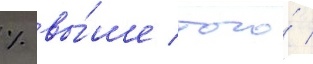
% вы́ше того́ /